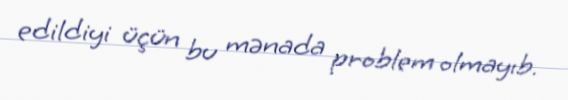
edildiyi üçün bu mənada problem olmayıb.